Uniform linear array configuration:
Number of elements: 32
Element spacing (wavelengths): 0.25
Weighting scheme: hamming
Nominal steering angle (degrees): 45
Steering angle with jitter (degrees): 46.583
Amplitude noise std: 0.05
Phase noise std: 0.05

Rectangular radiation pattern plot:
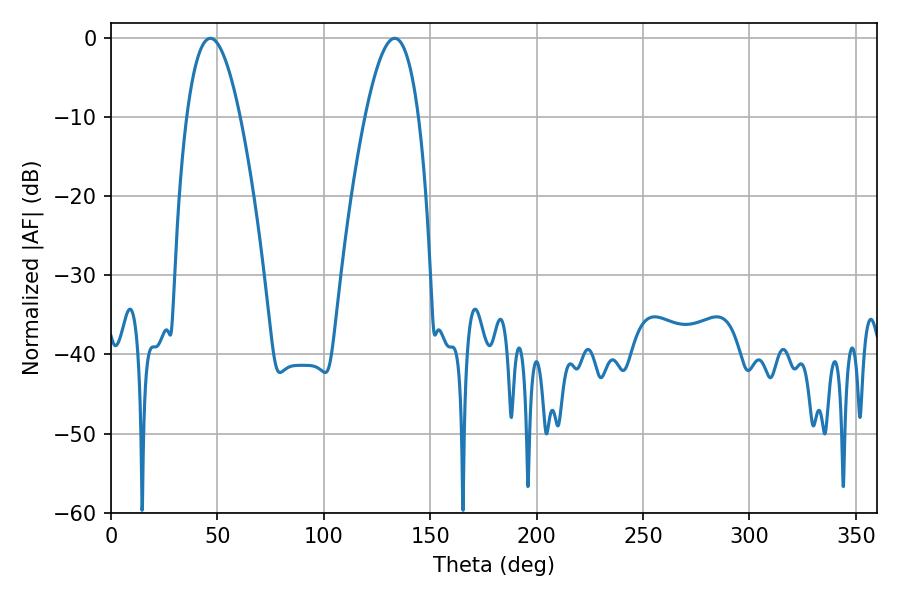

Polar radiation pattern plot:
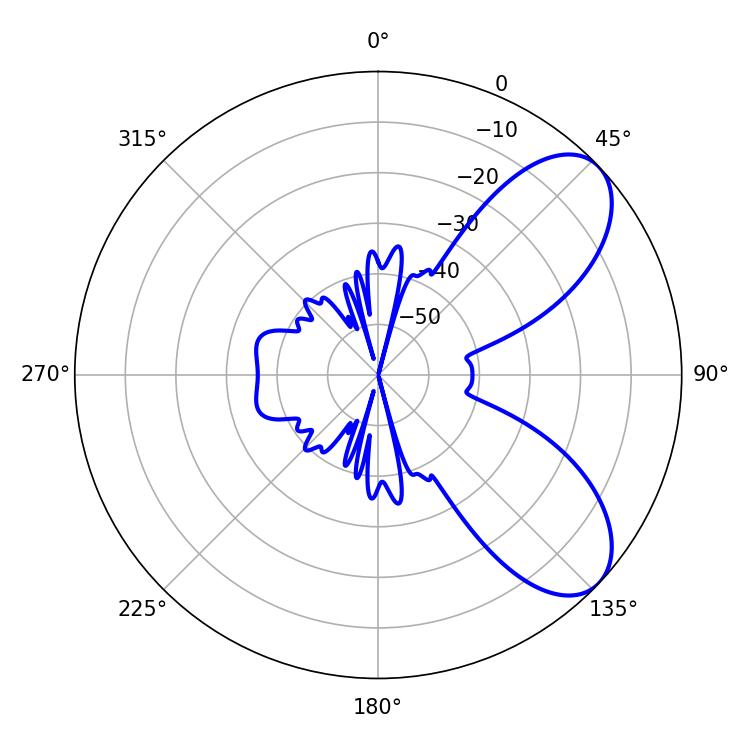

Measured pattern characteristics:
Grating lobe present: FALSE
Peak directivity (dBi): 7.227
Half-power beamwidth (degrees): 13.68
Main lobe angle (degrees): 46.62